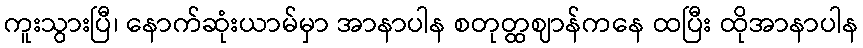
ကူးသွားပြီ၊ နောက်ဆုံးယာမ်မှာ အာနာပါန စတုတ္ထဈာန်ကနေ ထပြီး ထိုအာနာပါန